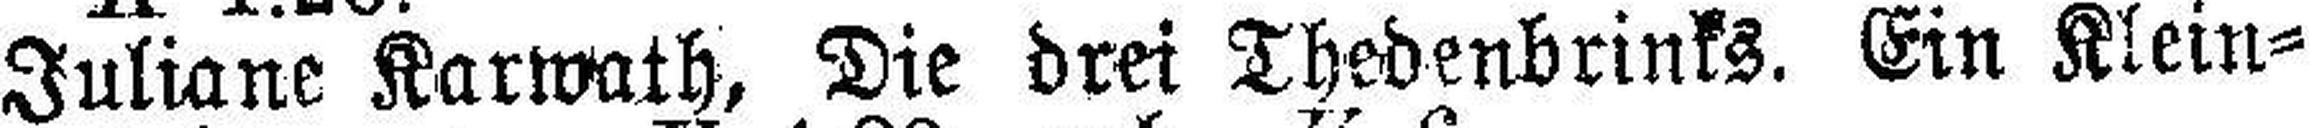
Juliane Karwath, Die drei Thedenbrinks. Ein Klein¬